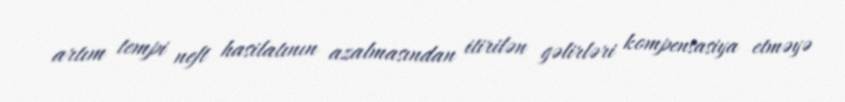
artım tempi neft hasilatının azalmasından itirilən gəlirləri kompensasiya etməyə